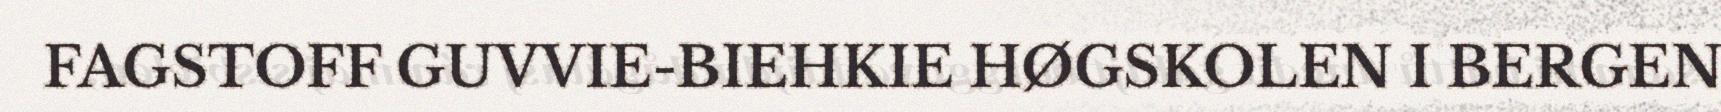
FAGSTOFF GUVVIE-BIEHKIE HØGSKOLEN I BERGEN